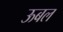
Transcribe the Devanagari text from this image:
ऊबल